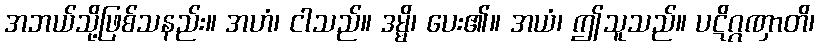
အဘယ်သို့ဖြစ်သနည်း။ အဟံ၊ ငါသည်။ ဒမ္မိ၊ ပေး၏။ အယံ၊ ဤသူသည်။ ပဋိဂ္ဂဏှာတိ၊